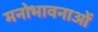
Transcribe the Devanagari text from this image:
मनोभावनाआें